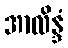
အာလိန္ဒံ